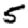
Digit: 5